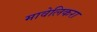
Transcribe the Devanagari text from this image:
मावेलिकरा